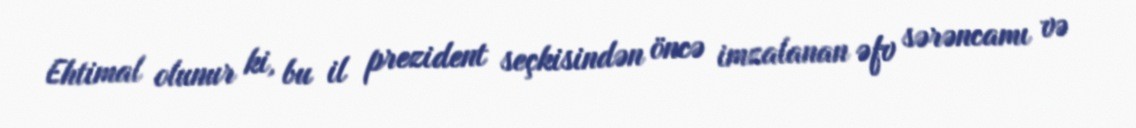
Ehtimal olunur ki, bu il prezident seçkisindən öncə imzalanan əfv sərəncamı və